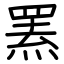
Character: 罴